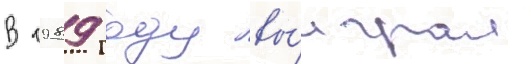
В 1989 году вы́играл